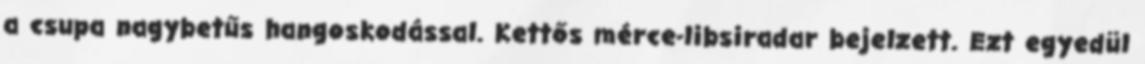
a csupa nagybetűs hangoskodással. Kettős mérce-libsiradar bejelzett. Ezt egyedül